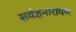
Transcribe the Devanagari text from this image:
सर्वज्ञनारायण